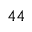
^ { 4 4 }